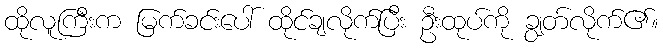
ထိုလူကြီးက မြက်ခင်းပေါ် ထိုင်ချလိုက်ပြီး ဦးထုပ်ကို ချွတ်လိုက်၏။